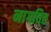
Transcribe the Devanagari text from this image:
नागवित